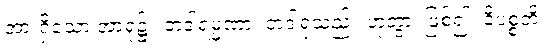
အားရှိသော အာရုံ၌။ တဒါရမ္မဏာ၊ တဒါရုံသည်။ ဟုတွာ၊ ဖြစ်၍။ ဝိပစ္စတိ၊